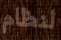
لنظام